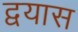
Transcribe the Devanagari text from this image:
द्वयास